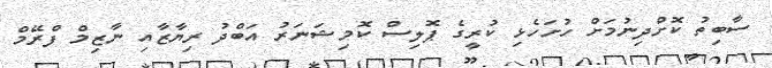
ސާބިތު ކޮށްދިނުމަށް ހުށަހެޅި ކުރީގެ ޕޮލިސް ކޮމިޝަނަރު އަބްދު ރިޔާޒާއި ނާޒިމް ފްރޭމް